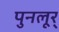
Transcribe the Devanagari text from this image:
पुनलूर्